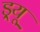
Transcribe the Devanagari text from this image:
ड्र्यू